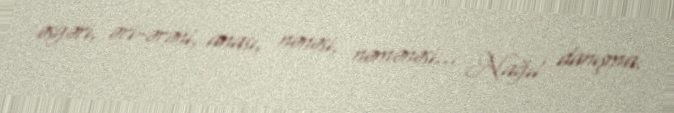
əsgəri, əri-ərəni, anası, nənəsi, nəmənəsi... Nağıl danışma.